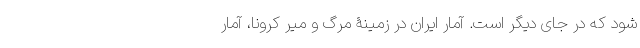
شود که در جای دیگر است. آمار ایران در زمینۀ مرگ و میر کرونا، آمار